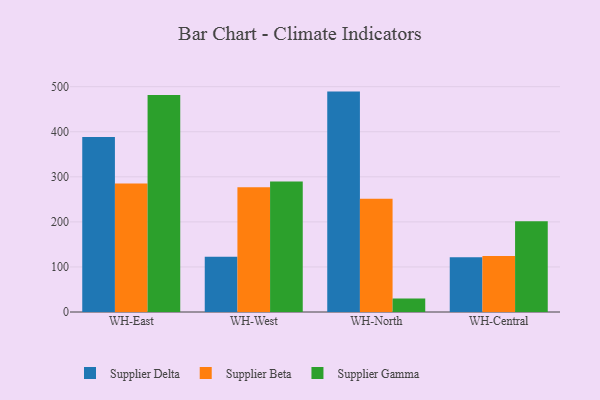
{"axis": {"x": "Warehouse", "y": "Shipments"}, "legend": ["Supplier Beta", "Supplier Delta", "Supplier Gamma"], "data": [{"x": "WH-East", "y": 388.3, "type": "Supplier Delta"}, {"x": "WH-East", "y": 285.3, "type": "Supplier Beta"}, {"x": "WH-East", "y": 481.3, "type": "Supplier Gamma"}, {"x": "WH-West", "y": 122.8, "type": "Supplier Delta"}, {"x": "WH-West", "y": 276.8, "type": "Supplier Beta"}, {"x": "WH-West", "y": 289.4, "type": "Supplier Gamma"}, {"x": "WH-North", "y": 489.1, "type": "Supplier Delta"}, {"x": "WH-North", "y": 251.3, "type": "Supplier Beta"}, {"x": "WH-North", "y": 30.2, "type": "Supplier Gamma"}, {"x": "WH-Central", "y": 121.7, "type": "Supplier Delta"}, {"x": "WH-Central", "y": 124.5, "type": "Supplier Beta"}, {"x": "WH-Central", "y": 201.6, "type": "Supplier Gamma"}]}